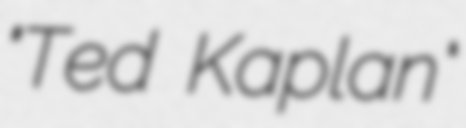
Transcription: "Ted Kaplan"